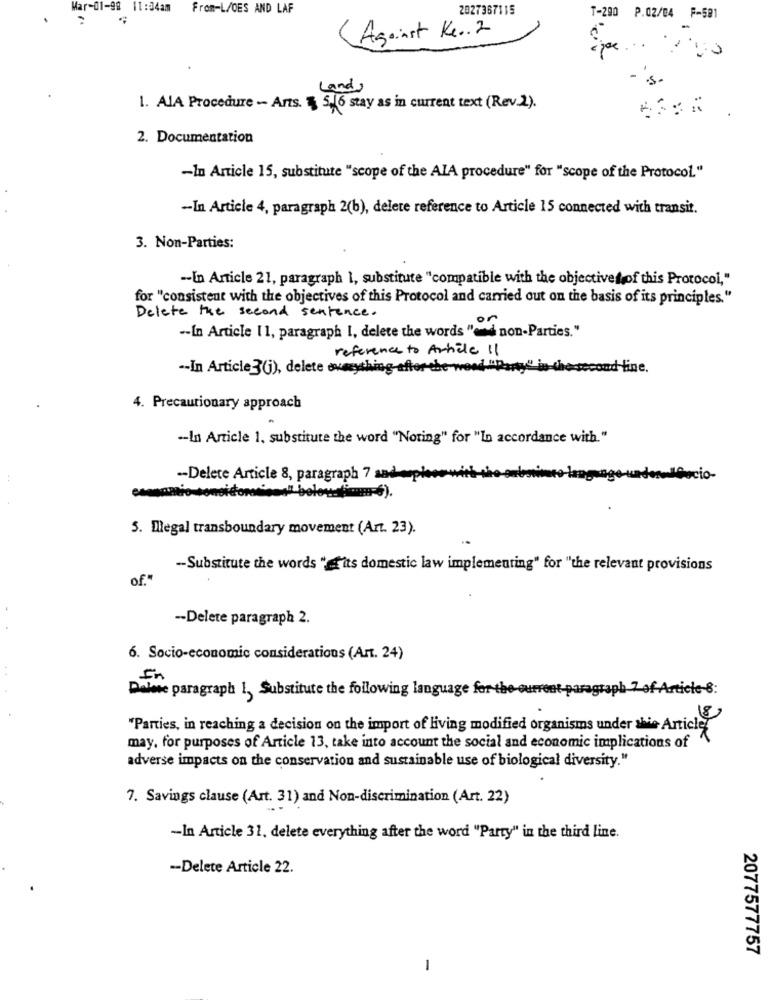
Mar-01-98 11:34am From-L/OES AND LAF
2027367115
.
T-290 P.02/04 F-581
Against Ke .. 2
Lands
1. AlA Procedure - Arts. $ 5.16 stay as in current text (Rev.2).
2. Documentation
-In Article 15, substitute "scope of the AIA procedure" for "scope of the Protocol."
-- In Article 4, paragraph 2(b), delete reference to Article 15 connected with transit.
3. Non-Parties:
-- In Article 21, paragraph 1, substitute "compatible with the objectivesof this Protocol,"
for "consistent with the objectives of this Protocol and carried out on the basis of its principles."
Delete the second sentence.
-- In Article 11, paragraph I, delete the words "ed non-Parties."
reference to Arhile 11
-- In Article 3(j), delete ovseything-affor-the-wood "Part
ad fine.
4. Precautionary approach
-- In Article 1. substitute the word "Noring" for "In accordance with."
-- Delete Article 8, paragraph 7 sad
esenantio sonoidomc'sos" belowslim-6).
5. Megal transboundary movement (Art. 23).
-- Substitute the words ""'its domestic law implementing" for "the relevant provisions
of."
-Delete paragraph 2.
6. Socio-economic considerations (Art. 24)
-8:
Dolore paragraph I, Substitute the following language for the current-p
"Parties, in reaching a decision on the import of living modified organisms under the Article
may, for purposes of Article 13, take into account the social and economic implications of
adverse impacts on the conservation and sustainable use of biological diversity."
7. Savings clause (Art. 31) and Non-discrimination (Art. 22)
-In Article 31, delete everything after the word "Party" in the third line.
-Delete Article 22.
2077577757
1